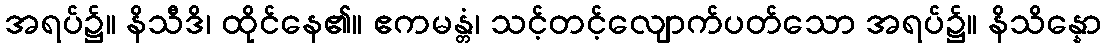
အရပ်၌။ နိသီဒိ၊ ထိုင်နေ၏။ ဧကမန္တံ၊ သင့်တင့်လျောက်ပတ်သော အရပ်၌။ နိသိန္နော